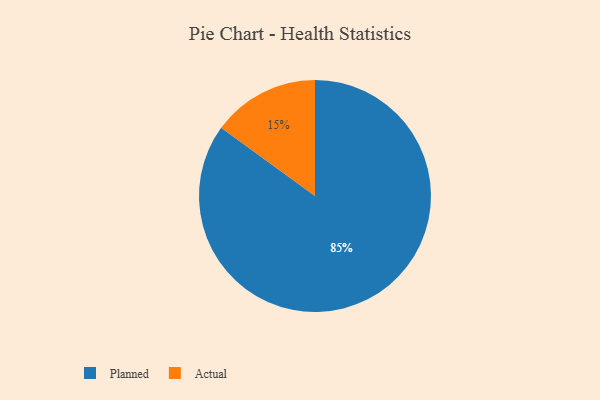
{"axis": {"x": "Category", "y": "Percentage"}, "legend": ["Actual", "Planned"], "data": [{"x": "Planned", "y": 85, "type": "Planned"}, {"x": "Actual", "y": 15, "type": "Actual"}]}